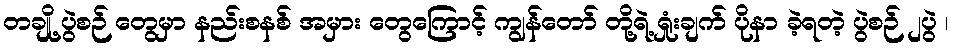
တချို့ ပွဲစဉ် တွေမှာ နည်းစနစ် အမှား တွေကြောင့် ကျွန်တော် တို့ရဲ့ ရှုံးချက် ပိုနာ ခဲ့ရတဲ့ ပွဲစဉ် ၂ပွဲ ၊